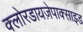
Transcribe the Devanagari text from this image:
क्लोरडायज़ेपाक्साइड